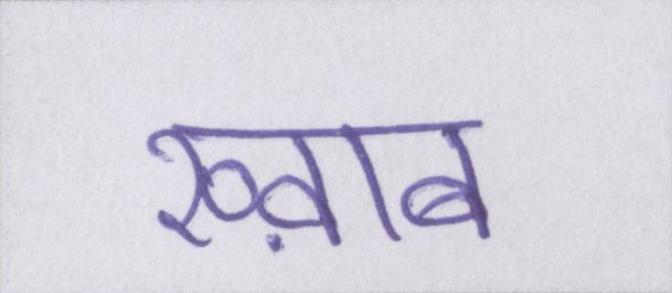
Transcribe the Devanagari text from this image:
ख्व़ाब